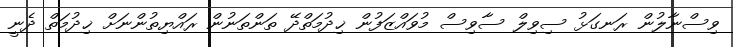
ވިސްނާލުން ރަނގަޅު ސިވިލް ސާވިސް މުވައްޒަފުން ޚިދުމަތްދޭ ތަންތަނުން ރައްޔިތުންނަށް ޚިދުމަތް ދެނީ